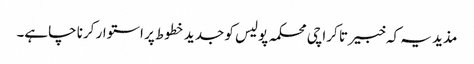
مذید یہ کہ خبیر تا کراچی محکمہ پولیس کو جدید خطوط پر استوار کرنا چاہے۔